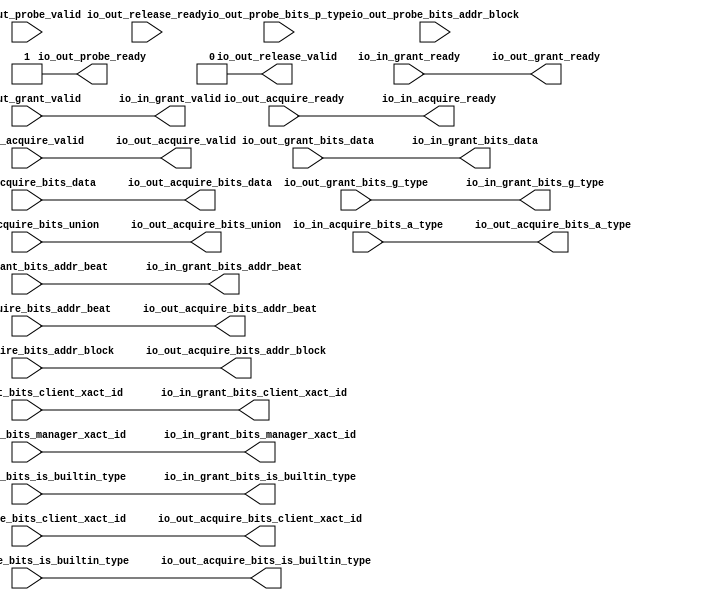
module ClientTileLinkIOWrapper_1
(
  io_in_acquire_ready,
  io_in_acquire_valid,
  io_in_acquire_bits_addr_block,
  io_in_acquire_bits_client_xact_id,
  io_in_acquire_bits_addr_beat,
  io_in_acquire_bits_is_builtin_type,
  io_in_acquire_bits_a_type,
  io_in_acquire_bits_union,
  io_in_acquire_bits_data,
  io_in_grant_ready,
  io_in_grant_valid,
  io_in_grant_bits_addr_beat,
  io_in_grant_bits_client_xact_id,
  io_in_grant_bits_manager_xact_id,
  io_in_grant_bits_is_builtin_type,
  io_in_grant_bits_g_type,
  io_in_grant_bits_data,
  io_out_acquire_ready,
  io_out_acquire_valid,
  io_out_acquire_bits_addr_block,
  io_out_acquire_bits_client_xact_id,
  io_out_acquire_bits_addr_beat,
  io_out_acquire_bits_is_builtin_type,
  io_out_acquire_bits_a_type,
  io_out_acquire_bits_union,
  io_out_acquire_bits_data,
  io_out_grant_ready,
  io_out_grant_valid,
  io_out_grant_bits_addr_beat,
  io_out_grant_bits_client_xact_id,
  io_out_grant_bits_manager_xact_id,
  io_out_grant_bits_is_builtin_type,
  io_out_grant_bits_g_type,
  io_out_grant_bits_data,
  io_out_probe_ready,
  io_out_probe_valid,
  io_out_probe_bits_addr_block,
  io_out_probe_bits_p_type,
  io_out_release_ready,
  io_out_release_valid
);

  input [25:0] io_in_acquire_bits_addr_block;
  input [3:0] io_in_acquire_bits_client_xact_id;
  input [1:0] io_in_acquire_bits_addr_beat;
  input [2:0] io_in_acquire_bits_a_type;
  input [16:0] io_in_acquire_bits_union;
  input [127:0] io_in_acquire_bits_data;
  output [1:0] io_in_grant_bits_addr_beat;
  output [3:0] io_in_grant_bits_client_xact_id;
  output [3:0] io_in_grant_bits_g_type;
  output [127:0] io_in_grant_bits_data;
  output [25:0] io_out_acquire_bits_addr_block;
  output [3:0] io_out_acquire_bits_client_xact_id;
  output [1:0] io_out_acquire_bits_addr_beat;
  output [2:0] io_out_acquire_bits_a_type;
  output [16:0] io_out_acquire_bits_union;
  output [127:0] io_out_acquire_bits_data;
  input [1:0] io_out_grant_bits_addr_beat;
  input [3:0] io_out_grant_bits_client_xact_id;
  input [3:0] io_out_grant_bits_g_type;
  input [127:0] io_out_grant_bits_data;
  input [25:0] io_out_probe_bits_addr_block;
  input [1:0] io_out_probe_bits_p_type;
  input io_in_acquire_valid;
  input io_in_acquire_bits_is_builtin_type;
  input io_in_grant_ready;
  input io_out_acquire_ready;
  input io_out_grant_valid;
  input io_out_grant_bits_manager_xact_id;
  input io_out_grant_bits_is_builtin_type;
  input io_out_probe_valid;
  input io_out_release_ready;
  output io_in_acquire_ready;
  output io_in_grant_valid;
  output io_in_grant_bits_manager_xact_id;
  output io_in_grant_bits_is_builtin_type;
  output io_out_acquire_valid;
  output io_out_acquire_bits_is_builtin_type;
  output io_out_grant_ready;
  output io_out_probe_ready;
  output io_out_release_valid;
  wire [1:0] io_in_grant_bits_addr_beat,io_out_acquire_bits_addr_beat;
  wire [3:0] io_in_grant_bits_client_xact_id,io_in_grant_bits_g_type,
  io_out_acquire_bits_client_xact_id;
  wire [127:0] io_in_grant_bits_data,io_out_acquire_bits_data;
  wire [25:0] io_out_acquire_bits_addr_block;
  wire [2:0] io_out_acquire_bits_a_type;
  wire [16:0] io_out_acquire_bits_union;
  wire io_in_acquire_ready,io_in_grant_valid,io_in_grant_bits_manager_xact_id,
  io_in_grant_bits_is_builtin_type,io_out_acquire_valid,
  io_out_acquire_bits_is_builtin_type,io_out_grant_ready,io_out_probe_ready,io_out_release_valid,
  io_out_acquire_ready,io_out_grant_valid,io_out_grant_bits_manager_xact_id,
  io_out_grant_bits_is_builtin_type,io_in_acquire_valid,io_in_acquire_bits_is_builtin_type,
  io_in_grant_ready;
  assign io_out_probe_ready = 1'b1;
  assign io_out_release_valid = 1'b0;
  assign io_in_acquire_ready = io_out_acquire_ready;
  assign io_in_grant_valid = io_out_grant_valid;
  assign io_in_grant_bits_addr_beat[1] = io_out_grant_bits_addr_beat[1];
  assign io_in_grant_bits_addr_beat[0] = io_out_grant_bits_addr_beat[0];
  assign io_in_grant_bits_client_xact_id[3] = io_out_grant_bits_client_xact_id[3];
  assign io_in_grant_bits_client_xact_id[2] = io_out_grant_bits_client_xact_id[2];
  assign io_in_grant_bits_client_xact_id[1] = io_out_grant_bits_client_xact_id[1];
  assign io_in_grant_bits_client_xact_id[0] = io_out_grant_bits_client_xact_id[0];
  assign io_in_grant_bits_manager_xact_id = io_out_grant_bits_manager_xact_id;
  assign io_in_grant_bits_is_builtin_type = io_out_grant_bits_is_builtin_type;
  assign io_in_grant_bits_g_type[3] = io_out_grant_bits_g_type[3];
  assign io_in_grant_bits_g_type[2] = io_out_grant_bits_g_type[2];
  assign io_in_grant_bits_g_type[1] = io_out_grant_bits_g_type[1];
  assign io_in_grant_bits_g_type[0] = io_out_grant_bits_g_type[0];
  assign io_in_grant_bits_data[127] = io_out_grant_bits_data[127];
  assign io_in_grant_bits_data[126] = io_out_grant_bits_data[126];
  assign io_in_grant_bits_data[125] = io_out_grant_bits_data[125];
  assign io_in_grant_bits_data[124] = io_out_grant_bits_data[124];
  assign io_in_grant_bits_data[123] = io_out_grant_bits_data[123];
  assign io_in_grant_bits_data[122] = io_out_grant_bits_data[122];
  assign io_in_grant_bits_data[121] = io_out_grant_bits_data[121];
  assign io_in_grant_bits_data[120] = io_out_grant_bits_data[120];
  assign io_in_grant_bits_data[119] = io_out_grant_bits_data[119];
  assign io_in_grant_bits_data[118] = io_out_grant_bits_data[118];
  assign io_in_grant_bits_data[117] = io_out_grant_bits_data[117];
  assign io_in_grant_bits_data[116] = io_out_grant_bits_data[116];
  assign io_in_grant_bits_data[115] = io_out_grant_bits_data[115];
  assign io_in_grant_bits_data[114] = io_out_grant_bits_data[114];
  assign io_in_grant_bits_data[113] = io_out_grant_bits_data[113];
  assign io_in_grant_bits_data[112] = io_out_grant_bits_data[112];
  assign io_in_grant_bits_data[111] = io_out_grant_bits_data[111];
  assign io_in_grant_bits_data[110] = io_out_grant_bits_data[110];
  assign io_in_grant_bits_data[109] = io_out_grant_bits_data[109];
  assign io_in_grant_bits_data[108] = io_out_grant_bits_data[108];
  assign io_in_grant_bits_data[107] = io_out_grant_bits_data[107];
  assign io_in_grant_bits_data[106] = io_out_grant_bits_data[106];
  assign io_in_grant_bits_data[105] = io_out_grant_bits_data[105];
  assign io_in_grant_bits_data[104] = io_out_grant_bits_data[104];
  assign io_in_grant_bits_data[103] = io_out_grant_bits_data[103];
  assign io_in_grant_bits_data[102] = io_out_grant_bits_data[102];
  assign io_in_grant_bits_data[101] = io_out_grant_bits_data[101];
  assign io_in_grant_bits_data[100] = io_out_grant_bits_data[100];
  assign io_in_grant_bits_data[99] = io_out_grant_bits_data[99];
  assign io_in_grant_bits_data[98] = io_out_grant_bits_data[98];
  assign io_in_grant_bits_data[97] = io_out_grant_bits_data[97];
  assign io_in_grant_bits_data[96] = io_out_grant_bits_data[96];
  assign io_in_grant_bits_data[95] = io_out_grant_bits_data[95];
  assign io_in_grant_bits_data[94] = io_out_grant_bits_data[94];
  assign io_in_grant_bits_data[93] = io_out_grant_bits_data[93];
  assign io_in_grant_bits_data[92] = io_out_grant_bits_data[92];
  assign io_in_grant_bits_data[91] = io_out_grant_bits_data[91];
  assign io_in_grant_bits_data[90] = io_out_grant_bits_data[90];
  assign io_in_grant_bits_data[89] = io_out_grant_bits_data[89];
  assign io_in_grant_bits_data[88] = io_out_grant_bits_data[88];
  assign io_in_grant_bits_data[87] = io_out_grant_bits_data[87];
  assign io_in_grant_bits_data[86] = io_out_grant_bits_data[86];
  assign io_in_grant_bits_data[85] = io_out_grant_bits_data[85];
  assign io_in_grant_bits_data[84] = io_out_grant_bits_data[84];
  assign io_in_grant_bits_data[83] = io_out_grant_bits_data[83];
  assign io_in_grant_bits_data[82] = io_out_grant_bits_data[82];
  assign io_in_grant_bits_data[81] = io_out_grant_bits_data[81];
  assign io_in_grant_bits_data[80] = io_out_grant_bits_data[80];
  assign io_in_grant_bits_data[79] = io_out_grant_bits_data[79];
  assign io_in_grant_bits_data[78] = io_out_grant_bits_data[78];
  assign io_in_grant_bits_data[77] = io_out_grant_bits_data[77];
  assign io_in_grant_bits_data[76] = io_out_grant_bits_data[76];
  assign io_in_grant_bits_data[75] = io_out_grant_bits_data[75];
  assign io_in_grant_bits_data[74] = io_out_grant_bits_data[74];
  assign io_in_grant_bits_data[73] = io_out_grant_bits_data[73];
  assign io_in_grant_bits_data[72] = io_out_grant_bits_data[72];
  assign io_in_grant_bits_data[71] = io_out_grant_bits_data[71];
  assign io_in_grant_bits_data[70] = io_out_grant_bits_data[70];
  assign io_in_grant_bits_data[69] = io_out_grant_bits_data[69];
  assign io_in_grant_bits_data[68] = io_out_grant_bits_data[68];
  assign io_in_grant_bits_data[67] = io_out_grant_bits_data[67];
  assign io_in_grant_bits_data[66] = io_out_grant_bits_data[66];
  assign io_in_grant_bits_data[65] = io_out_grant_bits_data[65];
  assign io_in_grant_bits_data[64] = io_out_grant_bits_data[64];
  assign io_in_grant_bits_data[63] = io_out_grant_bits_data[63];
  assign io_in_grant_bits_data[62] = io_out_grant_bits_data[62];
  assign io_in_grant_bits_data[61] = io_out_grant_bits_data[61];
  assign io_in_grant_bits_data[60] = io_out_grant_bits_data[60];
  assign io_in_grant_bits_data[59] = io_out_grant_bits_data[59];
  assign io_in_grant_bits_data[58] = io_out_grant_bits_data[58];
  assign io_in_grant_bits_data[57] = io_out_grant_bits_data[57];
  assign io_in_grant_bits_data[56] = io_out_grant_bits_data[56];
  assign io_in_grant_bits_data[55] = io_out_grant_bits_data[55];
  assign io_in_grant_bits_data[54] = io_out_grant_bits_data[54];
  assign io_in_grant_bits_data[53] = io_out_grant_bits_data[53];
  assign io_in_grant_bits_data[52] = io_out_grant_bits_data[52];
  assign io_in_grant_bits_data[51] = io_out_grant_bits_data[51];
  assign io_in_grant_bits_data[50] = io_out_grant_bits_data[50];
  assign io_in_grant_bits_data[49] = io_out_grant_bits_data[49];
  assign io_in_grant_bits_data[48] = io_out_grant_bits_data[48];
  assign io_in_grant_bits_data[47] = io_out_grant_bits_data[47];
  assign io_in_grant_bits_data[46] = io_out_grant_bits_data[46];
  assign io_in_grant_bits_data[45] = io_out_grant_bits_data[45];
  assign io_in_grant_bits_data[44] = io_out_grant_bits_data[44];
  assign io_in_grant_bits_data[43] = io_out_grant_bits_data[43];
  assign io_in_grant_bits_data[42] = io_out_grant_bits_data[42];
  assign io_in_grant_bits_data[41] = io_out_grant_bits_data[41];
  assign io_in_grant_bits_data[40] = io_out_grant_bits_data[40];
  assign io_in_grant_bits_data[39] = io_out_grant_bits_data[39];
  assign io_in_grant_bits_data[38] = io_out_grant_bits_data[38];
  assign io_in_grant_bits_data[37] = io_out_grant_bits_data[37];
  assign io_in_grant_bits_data[36] = io_out_grant_bits_data[36];
  assign io_in_grant_bits_data[35] = io_out_grant_bits_data[35];
  assign io_in_grant_bits_data[34] = io_out_grant_bits_data[34];
  assign io_in_grant_bits_data[33] = io_out_grant_bits_data[33];
  assign io_in_grant_bits_data[32] = io_out_grant_bits_data[32];
  assign io_in_grant_bits_data[31] = io_out_grant_bits_data[31];
  assign io_in_grant_bits_data[30] = io_out_grant_bits_data[30];
  assign io_in_grant_bits_data[29] = io_out_grant_bits_data[29];
  assign io_in_grant_bits_data[28] = io_out_grant_bits_data[28];
  assign io_in_grant_bits_data[27] = io_out_grant_bits_data[27];
  assign io_in_grant_bits_data[26] = io_out_grant_bits_data[26];
  assign io_in_grant_bits_data[25] = io_out_grant_bits_data[25];
  assign io_in_grant_bits_data[24] = io_out_grant_bits_data[24];
  assign io_in_grant_bits_data[23] = io_out_grant_bits_data[23];
  assign io_in_grant_bits_data[22] = io_out_grant_bits_data[22];
  assign io_in_grant_bits_data[21] = io_out_grant_bits_data[21];
  assign io_in_grant_bits_data[20] = io_out_grant_bits_data[20];
  assign io_in_grant_bits_data[19] = io_out_grant_bits_data[19];
  assign io_in_grant_bits_data[18] = io_out_grant_bits_data[18];
  assign io_in_grant_bits_data[17] = io_out_grant_bits_data[17];
  assign io_in_grant_bits_data[16] = io_out_grant_bits_data[16];
  assign io_in_grant_bits_data[15] = io_out_grant_bits_data[15];
  assign io_in_grant_bits_data[14] = io_out_grant_bits_data[14];
  assign io_in_grant_bits_data[13] = io_out_grant_bits_data[13];
  assign io_in_grant_bits_data[12] = io_out_grant_bits_data[12];
  assign io_in_grant_bits_data[11] = io_out_grant_bits_data[11];
  assign io_in_grant_bits_data[10] = io_out_grant_bits_data[10];
  assign io_in_grant_bits_data[9] = io_out_grant_bits_data[9];
  assign io_in_grant_bits_data[8] = io_out_grant_bits_data[8];
  assign io_in_grant_bits_data[7] = io_out_grant_bits_data[7];
  assign io_in_grant_bits_data[6] = io_out_grant_bits_data[6];
  assign io_in_grant_bits_data[5] = io_out_grant_bits_data[5];
  assign io_in_grant_bits_data[4] = io_out_grant_bits_data[4];
  assign io_in_grant_bits_data[3] = io_out_grant_bits_data[3];
  assign io_in_grant_bits_data[2] = io_out_grant_bits_data[2];
  assign io_in_grant_bits_data[1] = io_out_grant_bits_data[1];
  assign io_in_grant_bits_data[0] = io_out_grant_bits_data[0];
  assign io_out_acquire_valid = io_in_acquire_valid;
  assign io_out_acquire_bits_addr_block[25] = io_in_acquire_bits_addr_block[25];
  assign io_out_acquire_bits_addr_block[24] = io_in_acquire_bits_addr_block[24];
  assign io_out_acquire_bits_addr_block[23] = io_in_acquire_bits_addr_block[23];
  assign io_out_acquire_bits_addr_block[22] = io_in_acquire_bits_addr_block[22];
  assign io_out_acquire_bits_addr_block[21] = io_in_acquire_bits_addr_block[21];
  assign io_out_acquire_bits_addr_block[20] = io_in_acquire_bits_addr_block[20];
  assign io_out_acquire_bits_addr_block[19] = io_in_acquire_bits_addr_block[19];
  assign io_out_acquire_bits_addr_block[18] = io_in_acquire_bits_addr_block[18];
  assign io_out_acquire_bits_addr_block[17] = io_in_acquire_bits_addr_block[17];
  assign io_out_acquire_bits_addr_block[16] = io_in_acquire_bits_addr_block[16];
  assign io_out_acquire_bits_addr_block[15] = io_in_acquire_bits_addr_block[15];
  assign io_out_acquire_bits_addr_block[14] = io_in_acquire_bits_addr_block[14];
  assign io_out_acquire_bits_addr_block[13] = io_in_acquire_bits_addr_block[13];
  assign io_out_acquire_bits_addr_block[12] = io_in_acquire_bits_addr_block[12];
  assign io_out_acquire_bits_addr_block[11] = io_in_acquire_bits_addr_block[11];
  assign io_out_acquire_bits_addr_block[10] = io_in_acquire_bits_addr_block[10];
  assign io_out_acquire_bits_addr_block[9] = io_in_acquire_bits_addr_block[9];
  assign io_out_acquire_bits_addr_block[8] = io_in_acquire_bits_addr_block[8];
  assign io_out_acquire_bits_addr_block[7] = io_in_acquire_bits_addr_block[7];
  assign io_out_acquire_bits_addr_block[6] = io_in_acquire_bits_addr_block[6];
  assign io_out_acquire_bits_addr_block[5] = io_in_acquire_bits_addr_block[5];
  assign io_out_acquire_bits_addr_block[4] = io_in_acquire_bits_addr_block[4];
  assign io_out_acquire_bits_addr_block[3] = io_in_acquire_bits_addr_block[3];
  assign io_out_acquire_bits_addr_block[2] = io_in_acquire_bits_addr_block[2];
  assign io_out_acquire_bits_addr_block[1] = io_in_acquire_bits_addr_block[1];
  assign io_out_acquire_bits_addr_block[0] = io_in_acquire_bits_addr_block[0];
  assign io_out_acquire_bits_client_xact_id[3] = io_in_acquire_bits_client_xact_id[3];
  assign io_out_acquire_bits_client_xact_id[2] = io_in_acquire_bits_client_xact_id[2];
  assign io_out_acquire_bits_client_xact_id[1] = io_in_acquire_bits_client_xact_id[1];
  assign io_out_acquire_bits_client_xact_id[0] = io_in_acquire_bits_client_xact_id[0];
  assign io_out_acquire_bits_addr_beat[1] = io_in_acquire_bits_addr_beat[1];
  assign io_out_acquire_bits_addr_beat[0] = io_in_acquire_bits_addr_beat[0];
  assign io_out_acquire_bits_is_builtin_type = io_in_acquire_bits_is_builtin_type;
  assign io_out_acquire_bits_a_type[2] = io_in_acquire_bits_a_type[2];
  assign io_out_acquire_bits_a_type[1] = io_in_acquire_bits_a_type[1];
  assign io_out_acquire_bits_a_type[0] = io_in_acquire_bits_a_type[0];
  assign io_out_acquire_bits_union[16] = io_in_acquire_bits_union[16];
  assign io_out_acquire_bits_union[15] = io_in_acquire_bits_union[15];
  assign io_out_acquire_bits_union[14] = io_in_acquire_bits_union[14];
  assign io_out_acquire_bits_union[13] = io_in_acquire_bits_union[13];
  assign io_out_acquire_bits_union[12] = io_in_acquire_bits_union[12];
  assign io_out_acquire_bits_union[11] = io_in_acquire_bits_union[11];
  assign io_out_acquire_bits_union[10] = io_in_acquire_bits_union[10];
  assign io_out_acquire_bits_union[9] = io_in_acquire_bits_union[9];
  assign io_out_acquire_bits_union[8] = io_in_acquire_bits_union[8];
  assign io_out_acquire_bits_union[7] = io_in_acquire_bits_union[7];
  assign io_out_acquire_bits_union[6] = io_in_acquire_bits_union[6];
  assign io_out_acquire_bits_union[5] = io_in_acquire_bits_union[5];
  assign io_out_acquire_bits_union[4] = io_in_acquire_bits_union[4];
  assign io_out_acquire_bits_union[3] = io_in_acquire_bits_union[3];
  assign io_out_acquire_bits_union[2] = io_in_acquire_bits_union[2];
  assign io_out_acquire_bits_union[1] = io_in_acquire_bits_union[1];
  assign io_out_acquire_bits_union[0] = io_in_acquire_bits_union[0];
  assign io_out_acquire_bits_data[127] = io_in_acquire_bits_data[127];
  assign io_out_acquire_bits_data[126] = io_in_acquire_bits_data[126];
  assign io_out_acquire_bits_data[125] = io_in_acquire_bits_data[125];
  assign io_out_acquire_bits_data[124] = io_in_acquire_bits_data[124];
  assign io_out_acquire_bits_data[123] = io_in_acquire_bits_data[123];
  assign io_out_acquire_bits_data[122] = io_in_acquire_bits_data[122];
  assign io_out_acquire_bits_data[121] = io_in_acquire_bits_data[121];
  assign io_out_acquire_bits_data[120] = io_in_acquire_bits_data[120];
  assign io_out_acquire_bits_data[119] = io_in_acquire_bits_data[119];
  assign io_out_acquire_bits_data[118] = io_in_acquire_bits_data[118];
  assign io_out_acquire_bits_data[117] = io_in_acquire_bits_data[117];
  assign io_out_acquire_bits_data[116] = io_in_acquire_bits_data[116];
  assign io_out_acquire_bits_data[115] = io_in_acquire_bits_data[115];
  assign io_out_acquire_bits_data[114] = io_in_acquire_bits_data[114];
  assign io_out_acquire_bits_data[113] = io_in_acquire_bits_data[113];
  assign io_out_acquire_bits_data[112] = io_in_acquire_bits_data[112];
  assign io_out_acquire_bits_data[111] = io_in_acquire_bits_data[111];
  assign io_out_acquire_bits_data[110] = io_in_acquire_bits_data[110];
  assign io_out_acquire_bits_data[109] = io_in_acquire_bits_data[109];
  assign io_out_acquire_bits_data[108] = io_in_acquire_bits_data[108];
  assign io_out_acquire_bits_data[107] = io_in_acquire_bits_data[107];
  assign io_out_acquire_bits_data[106] = io_in_acquire_bits_data[106];
  assign io_out_acquire_bits_data[105] = io_in_acquire_bits_data[105];
  assign io_out_acquire_bits_data[104] = io_in_acquire_bits_data[104];
  assign io_out_acquire_bits_data[103] = io_in_acquire_bits_data[103];
  assign io_out_acquire_bits_data[102] = io_in_acquire_bits_data[102];
  assign io_out_acquire_bits_data[101] = io_in_acquire_bits_data[101];
  assign io_out_acquire_bits_data[100] = io_in_acquire_bits_data[100];
  assign io_out_acquire_bits_data[99] = io_in_acquire_bits_data[99];
  assign io_out_acquire_bits_data[98] = io_in_acquire_bits_data[98];
  assign io_out_acquire_bits_data[97] = io_in_acquire_bits_data[97];
  assign io_out_acquire_bits_data[96] = io_in_acquire_bits_data[96];
  assign io_out_acquire_bits_data[95] = io_in_acquire_bits_data[95];
  assign io_out_acquire_bits_data[94] = io_in_acquire_bits_data[94];
  assign io_out_acquire_bits_data[93] = io_in_acquire_bits_data[93];
  assign io_out_acquire_bits_data[92] = io_in_acquire_bits_data[92];
  assign io_out_acquire_bits_data[91] = io_in_acquire_bits_data[91];
  assign io_out_acquire_bits_data[90] = io_in_acquire_bits_data[90];
  assign io_out_acquire_bits_data[89] = io_in_acquire_bits_data[89];
  assign io_out_acquire_bits_data[88] = io_in_acquire_bits_data[88];
  assign io_out_acquire_bits_data[87] = io_in_acquire_bits_data[87];
  assign io_out_acquire_bits_data[86] = io_in_acquire_bits_data[86];
  assign io_out_acquire_bits_data[85] = io_in_acquire_bits_data[85];
  assign io_out_acquire_bits_data[84] = io_in_acquire_bits_data[84];
  assign io_out_acquire_bits_data[83] = io_in_acquire_bits_data[83];
  assign io_out_acquire_bits_data[82] = io_in_acquire_bits_data[82];
  assign io_out_acquire_bits_data[81] = io_in_acquire_bits_data[81];
  assign io_out_acquire_bits_data[80] = io_in_acquire_bits_data[80];
  assign io_out_acquire_bits_data[79] = io_in_acquire_bits_data[79];
  assign io_out_acquire_bits_data[78] = io_in_acquire_bits_data[78];
  assign io_out_acquire_bits_data[77] = io_in_acquire_bits_data[77];
  assign io_out_acquire_bits_data[76] = io_in_acquire_bits_data[76];
  assign io_out_acquire_bits_data[75] = io_in_acquire_bits_data[75];
  assign io_out_acquire_bits_data[74] = io_in_acquire_bits_data[74];
  assign io_out_acquire_bits_data[73] = io_in_acquire_bits_data[73];
  assign io_out_acquire_bits_data[72] = io_in_acquire_bits_data[72];
  assign io_out_acquire_bits_data[71] = io_in_acquire_bits_data[71];
  assign io_out_acquire_bits_data[70] = io_in_acquire_bits_data[70];
  assign io_out_acquire_bits_data[69] = io_in_acquire_bits_data[69];
  assign io_out_acquire_bits_data[68] = io_in_acquire_bits_data[68];
  assign io_out_acquire_bits_data[67] = io_in_acquire_bits_data[67];
  assign io_out_acquire_bits_data[66] = io_in_acquire_bits_data[66];
  assign io_out_acquire_bits_data[65] = io_in_acquire_bits_data[65];
  assign io_out_acquire_bits_data[64] = io_in_acquire_bits_data[64];
  assign io_out_acquire_bits_data[63] = io_in_acquire_bits_data[63];
  assign io_out_acquire_bits_data[62] = io_in_acquire_bits_data[62];
  assign io_out_acquire_bits_data[61] = io_in_acquire_bits_data[61];
  assign io_out_acquire_bits_data[60] = io_in_acquire_bits_data[60];
  assign io_out_acquire_bits_data[59] = io_in_acquire_bits_data[59];
  assign io_out_acquire_bits_data[58] = io_in_acquire_bits_data[58];
  assign io_out_acquire_bits_data[57] = io_in_acquire_bits_data[57];
  assign io_out_acquire_bits_data[56] = io_in_acquire_bits_data[56];
  assign io_out_acquire_bits_data[55] = io_in_acquire_bits_data[55];
  assign io_out_acquire_bits_data[54] = io_in_acquire_bits_data[54];
  assign io_out_acquire_bits_data[53] = io_in_acquire_bits_data[53];
  assign io_out_acquire_bits_data[52] = io_in_acquire_bits_data[52];
  assign io_out_acquire_bits_data[51] = io_in_acquire_bits_data[51];
  assign io_out_acquire_bits_data[50] = io_in_acquire_bits_data[50];
  assign io_out_acquire_bits_data[49] = io_in_acquire_bits_data[49];
  assign io_out_acquire_bits_data[48] = io_in_acquire_bits_data[48];
  assign io_out_acquire_bits_data[47] = io_in_acquire_bits_data[47];
  assign io_out_acquire_bits_data[46] = io_in_acquire_bits_data[46];
  assign io_out_acquire_bits_data[45] = io_in_acquire_bits_data[45];
  assign io_out_acquire_bits_data[44] = io_in_acquire_bits_data[44];
  assign io_out_acquire_bits_data[43] = io_in_acquire_bits_data[43];
  assign io_out_acquire_bits_data[42] = io_in_acquire_bits_data[42];
  assign io_out_acquire_bits_data[41] = io_in_acquire_bits_data[41];
  assign io_out_acquire_bits_data[40] = io_in_acquire_bits_data[40];
  assign io_out_acquire_bits_data[39] = io_in_acquire_bits_data[39];
  assign io_out_acquire_bits_data[38] = io_in_acquire_bits_data[38];
  assign io_out_acquire_bits_data[37] = io_in_acquire_bits_data[37];
  assign io_out_acquire_bits_data[36] = io_in_acquire_bits_data[36];
  assign io_out_acquire_bits_data[35] = io_in_acquire_bits_data[35];
  assign io_out_acquire_bits_data[34] = io_in_acquire_bits_data[34];
  assign io_out_acquire_bits_data[33] = io_in_acquire_bits_data[33];
  assign io_out_acquire_bits_data[32] = io_in_acquire_bits_data[32];
  assign io_out_acquire_bits_data[31] = io_in_acquire_bits_data[31];
  assign io_out_acquire_bits_data[30] = io_in_acquire_bits_data[30];
  assign io_out_acquire_bits_data[29] = io_in_acquire_bits_data[29];
  assign io_out_acquire_bits_data[28] = io_in_acquire_bits_data[28];
  assign io_out_acquire_bits_data[27] = io_in_acquire_bits_data[27];
  assign io_out_acquire_bits_data[26] = io_in_acquire_bits_data[26];
  assign io_out_acquire_bits_data[25] = io_in_acquire_bits_data[25];
  assign io_out_acquire_bits_data[24] = io_in_acquire_bits_data[24];
  assign io_out_acquire_bits_data[23] = io_in_acquire_bits_data[23];
  assign io_out_acquire_bits_data[22] = io_in_acquire_bits_data[22];
  assign io_out_acquire_bits_data[21] = io_in_acquire_bits_data[21];
  assign io_out_acquire_bits_data[20] = io_in_acquire_bits_data[20];
  assign io_out_acquire_bits_data[19] = io_in_acquire_bits_data[19];
  assign io_out_acquire_bits_data[18] = io_in_acquire_bits_data[18];
  assign io_out_acquire_bits_data[17] = io_in_acquire_bits_data[17];
  assign io_out_acquire_bits_data[16] = io_in_acquire_bits_data[16];
  assign io_out_acquire_bits_data[15] = io_in_acquire_bits_data[15];
  assign io_out_acquire_bits_data[14] = io_in_acquire_bits_data[14];
  assign io_out_acquire_bits_data[13] = io_in_acquire_bits_data[13];
  assign io_out_acquire_bits_data[12] = io_in_acquire_bits_data[12];
  assign io_out_acquire_bits_data[11] = io_in_acquire_bits_data[11];
  assign io_out_acquire_bits_data[10] = io_in_acquire_bits_data[10];
  assign io_out_acquire_bits_data[9] = io_in_acquire_bits_data[9];
  assign io_out_acquire_bits_data[8] = io_in_acquire_bits_data[8];
  assign io_out_acquire_bits_data[7] = io_in_acquire_bits_data[7];
  assign io_out_acquire_bits_data[6] = io_in_acquire_bits_data[6];
  assign io_out_acquire_bits_data[5] = io_in_acquire_bits_data[5];
  assign io_out_acquire_bits_data[4] = io_in_acquire_bits_data[4];
  assign io_out_acquire_bits_data[3] = io_in_acquire_bits_data[3];
  assign io_out_acquire_bits_data[2] = io_in_acquire_bits_data[2];
  assign io_out_acquire_bits_data[1] = io_in_acquire_bits_data[1];
  assign io_out_acquire_bits_data[0] = io_in_acquire_bits_data[0];
  assign io_out_grant_ready = io_in_grant_ready;

endmodule